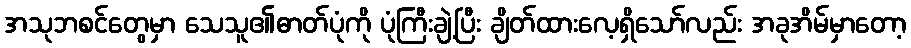
အသုဘစင်တွေမှာ သေသူ၏ဓာတ်ပုံကို ပုံကြီးချဲ့ပြီး ချိတ်ထားလေ့ရှိသော်လည်း အခုအိမ်မှာတော့